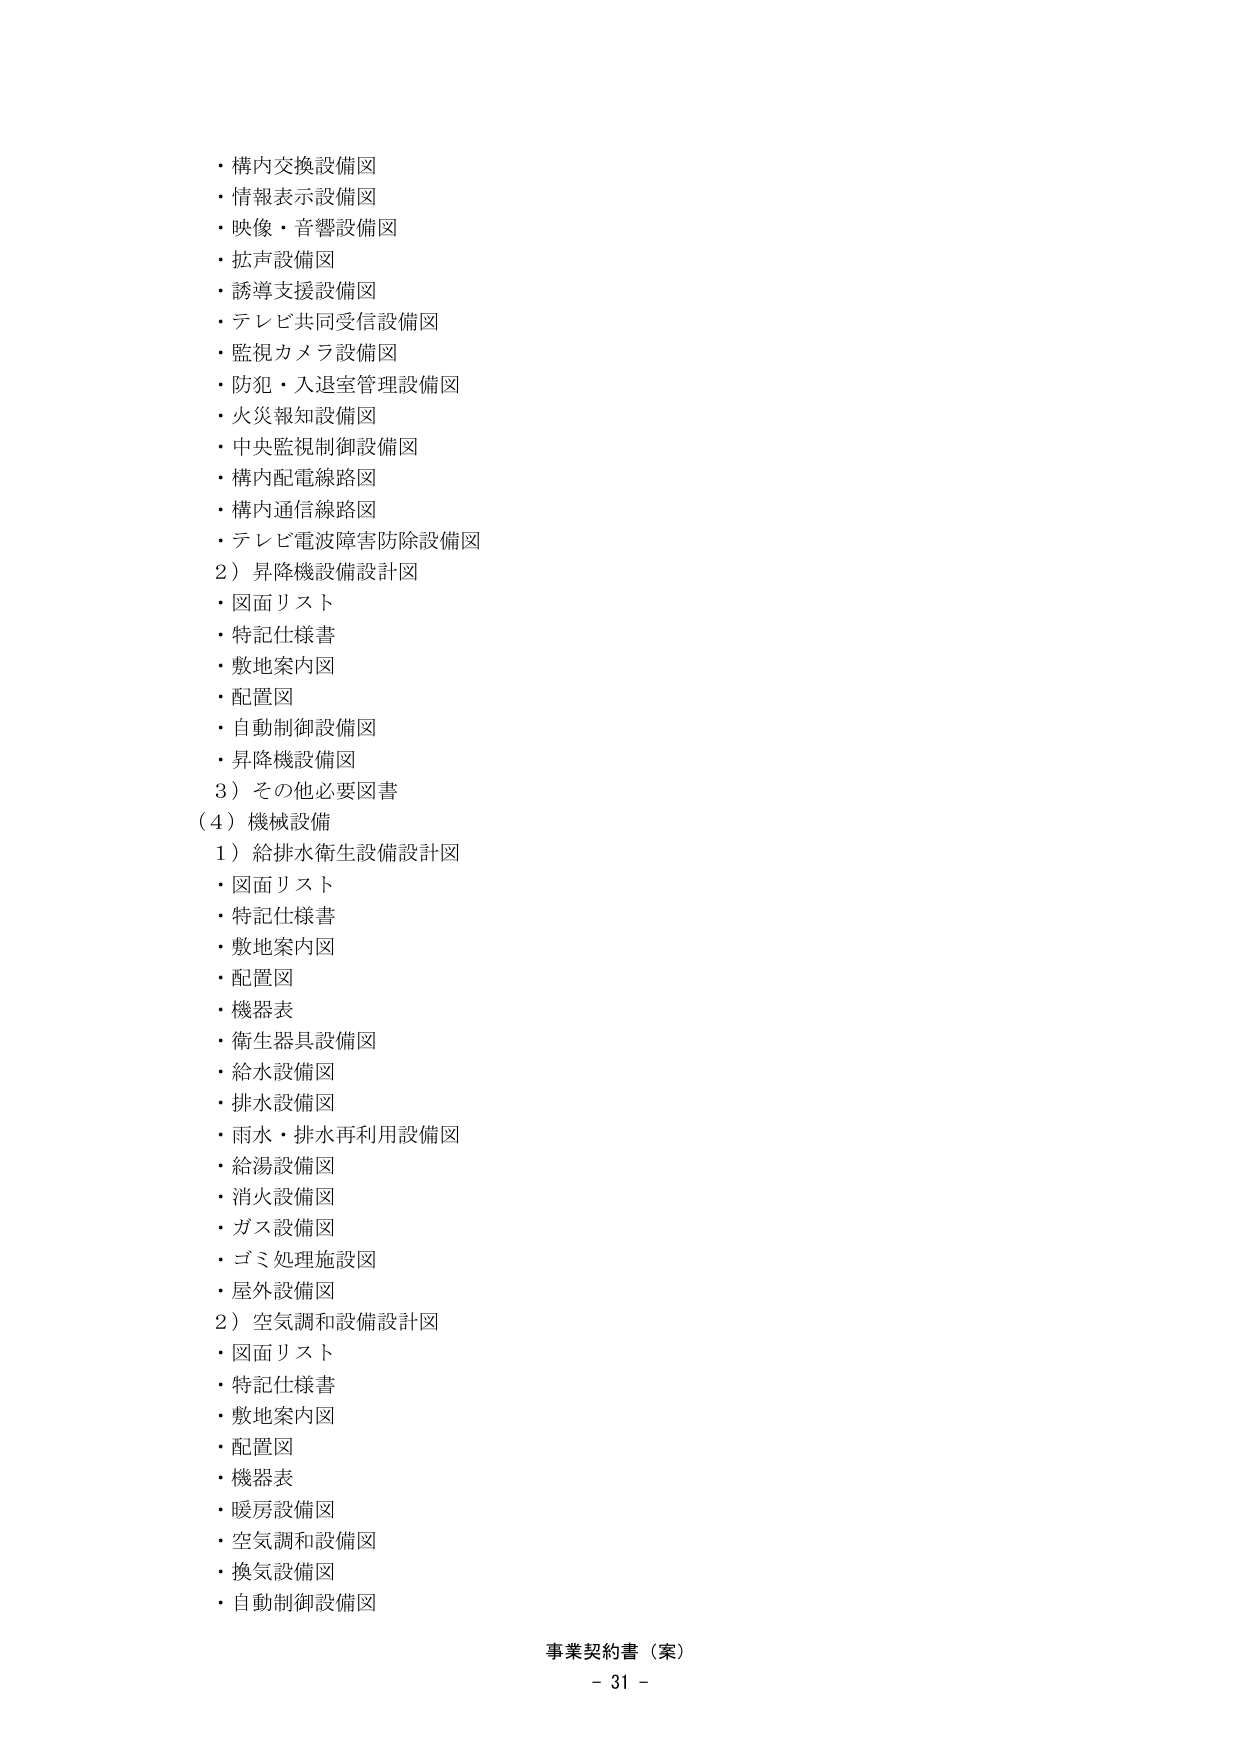
・構内交換設備図
・情報表示設備図
・映像・音響設備図
・拡声設備図
・誘導支援設備図
・テレビ共同受信設備図
・監視カメラ設備図
・防犯・入退室管理設備図
・火災報知設備図
・中央監視制御設備図
・構内配電線路図
・構内通信線路図
・テレビ電波障害防除設備図
2）昇降機設備設計図
・図面リスト
・特記仕様書
・敷地案内図
・配置図
・自動制御設備図
・昇降機設備図
3）その他必要図書
（4）機械設備
1）給排水衛生設備設計図
・図面リスト
・特記仕様書
・敷地案内図
・配置図
・機器表
・衛生器具設備図
・給水設備図
・排水設備図
・雨水・排水再利用設備図
・給湯設備図
・消火設備図
・ガス設備図
・ゴミ処理施設図
・屋外設備図
2）空気調和設備設計図
・図面リスト
・特記仕様書
・敷地案内図
・配置図
・機器表
・暖房設備図
・空気調和設備図
・換気設備図
・自動制御設備図
事業契約書（案）
- 31 -